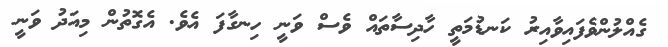
ގެއްލުންވެފައިވާއިރު ކަނޑުމަތީ ހާދިސާތައް ވެސް ވަނީ ހިނގާފަ އެވެ. އެގޮތުން މިއަދު ވަނީ